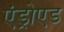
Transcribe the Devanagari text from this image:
एंड्रोएड